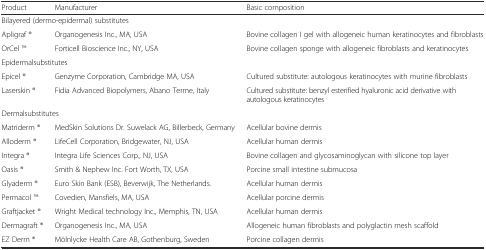
<table><thead><tr><td><b>Product</b></td><td><b>Manufacturer</b></td><td><b>Basic composition</b></td></tr></thead><tbody><tr><td colspan="3">Bilayered (dermo-epidermal) substitutes</td></tr><tr><td>Apligraf ®</td><td>Organogenesis Inc., MA, USA</td><td>Bovine collagen I gel with allogeneic human keratinocytes and fibroblasts</td></tr><tr><td>OrCel TM</td><td>Forticell Bioscience Inc., NY, USA</td><td>Bovine collagen sponge with allogeneic fibroblasts and keratinocytes</td></tr><tr><td colspan="3">Epidermalsubstitutes</td></tr><tr><td>Epicel ®</td><td>Genzyme Corporation, Cambridge MA, USA</td><td>Cultured substitute: autologous keratinocytes with murine fibroblasts</td></tr><tr><td>Laserskin ®</td><td>Fidia Advanced Biopolymers, Abano Terme, Italy</td><td>Cultured substitute: benzyl esterified hyaluronic acid derivative with autologous keratinocytes</td></tr><tr><td colspan="3">Dermalsubstitutes</td></tr><tr><td>Matriderm ®</td><td>MedSkin Solutions Dr. Suwelack AG, Billerbeck, Germany</td><td>Acellular bovine dermis</td></tr><tr><td>Alloderm ®</td><td>LifeCell Corporation, Bridgewater, NJ, USA</td><td>Acellular human dermis</td></tr><tr><td>Integra ®</td><td>Integra Life Sciences Corp., NJ, USA</td><td>Bovine collagen and glycosaminoglycan with silicone top layer</td></tr><tr><td>Oasis ®</td><td>Smith &amp; Nephew Inc. Fort Worth, TX, USA</td><td>Porcine small intestine submucosa</td></tr><tr><td>Glyaderm ®</td><td>Euro Skin Bank (ESB), Beverwijk, The Netherlands.</td><td>Acellular human dermis</td></tr><tr><td>Permacol TM</td><td>Covedien, Mansfiels, MA, USA</td><td>Acellular porcine dermis</td></tr><tr><td>Graftjacket ®</td><td>Wright Medical technology Inc., Memphis, TN, USA</td><td>Acellular human dermis</td></tr><tr><td>Dermagraft ®</td><td>Organogenesis Inc., MA, USA</td><td>Allogeneic human fibroblasts and polyglactin mesh scaffold</td></tr><tr><td>EZ Derm ®</td><td>Mölnlycke Health Care AB, Gothenburg, Sweden</td><td>Porcine collagen dermis</td></tr></tbody></table>